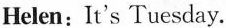
Helen: It's Tuesday.